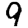
Digit: 9